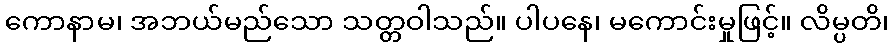
ကောနာမ၊ အဘယ်မည်သော သတ္တဝါသည်။ ပါပနေ၊ မကောင်းမှုဖြင့်။ လိမ္ပတိ၊